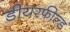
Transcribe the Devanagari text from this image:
डीयरफील्ड